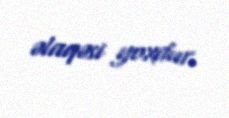
əlaqəsi yoxdur.